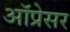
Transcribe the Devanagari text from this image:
ऑप्रेसर